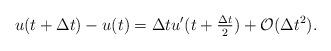
LaTeX: \begin{align*}u(t+\Delta t)-u(t)=\Delta t u'(t+\tfrac{\Delta t}2)+\mathcal{O}(\Delta t^2).\end{align*}